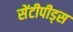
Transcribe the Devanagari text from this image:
सेंटीपीड्स